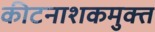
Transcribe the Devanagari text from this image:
कीटनाशकमुक्त